Code of medical and sanitary regulations for the guidance of medical officers serving in the Madras Presidency - Volume II
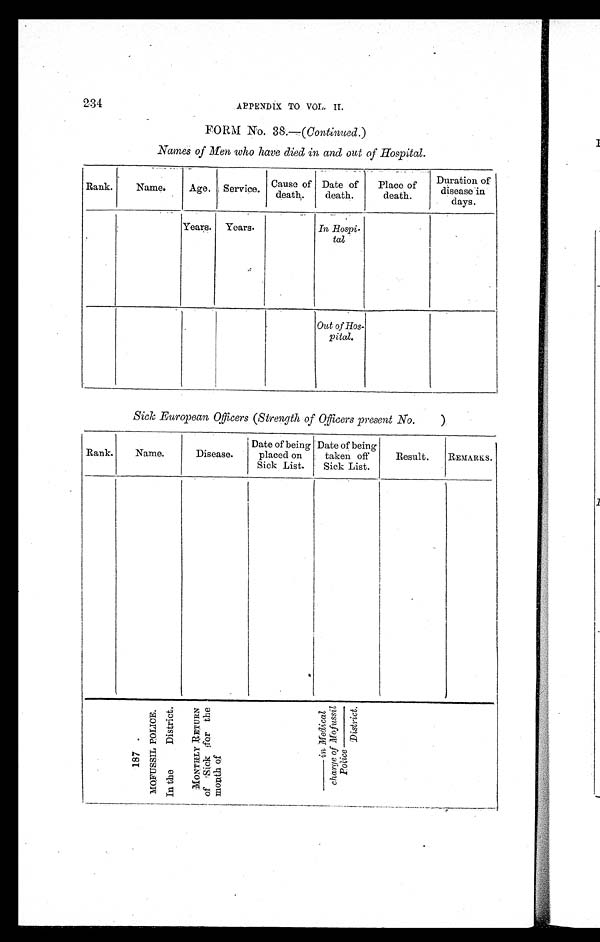
234
APPENDIX TO VOL. II.
FORM No. 38.—( Continued. )
Names of Men who have died in and out of Hospital.
Rank.
Name.
Age. Service. Cause of
death.
Date of
death.
Place of
death.
Duration of
disease in
days.
Years. Years.
In Hospi-
tal
Out of Hos-
pital.
Sick European Officers (Strength of Officers present No.
)
Rank.
Name.
Disease.
Date of being
placed on
Sick List.
Date of being
taken off
Sick List.
Result.
REMARKS.
1 8 7 .
MOFUSSI L POLI CE.
In t he Di st ri ct .
M O N T H L Y R E T U R N
o f S i c k f o r t h e
mont h of
_ _ _ _ _ i n M e d i c a l
c h a r g e o f M o f u s s i l
P o l i c e _ _ _ _ _
D i s t r i c t .